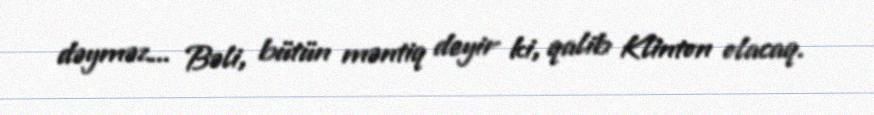
dəyməz... Bəli, bütün məntiq deyir ki, qalib Klinton olacaq.